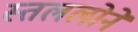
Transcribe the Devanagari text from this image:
स्तललोने